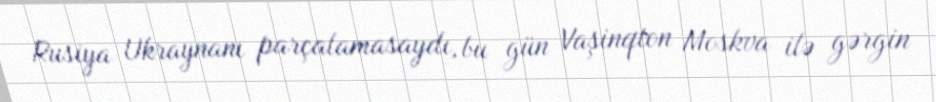
Rusiya Ukraynanı parçalamasaydı, bu gün Vaşinqton Moskva ilə gərgin